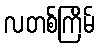
လတစ်ကြိမ်